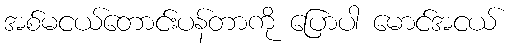
အစ်မငယ်တောင်းပန်တာကို ပြောပါ မောင်အငယ်